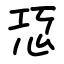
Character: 㤍